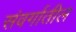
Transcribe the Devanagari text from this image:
संवर्गातील